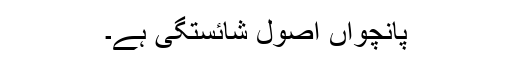
پانچواں اصول شائستگی ہے۔